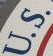
U.S.